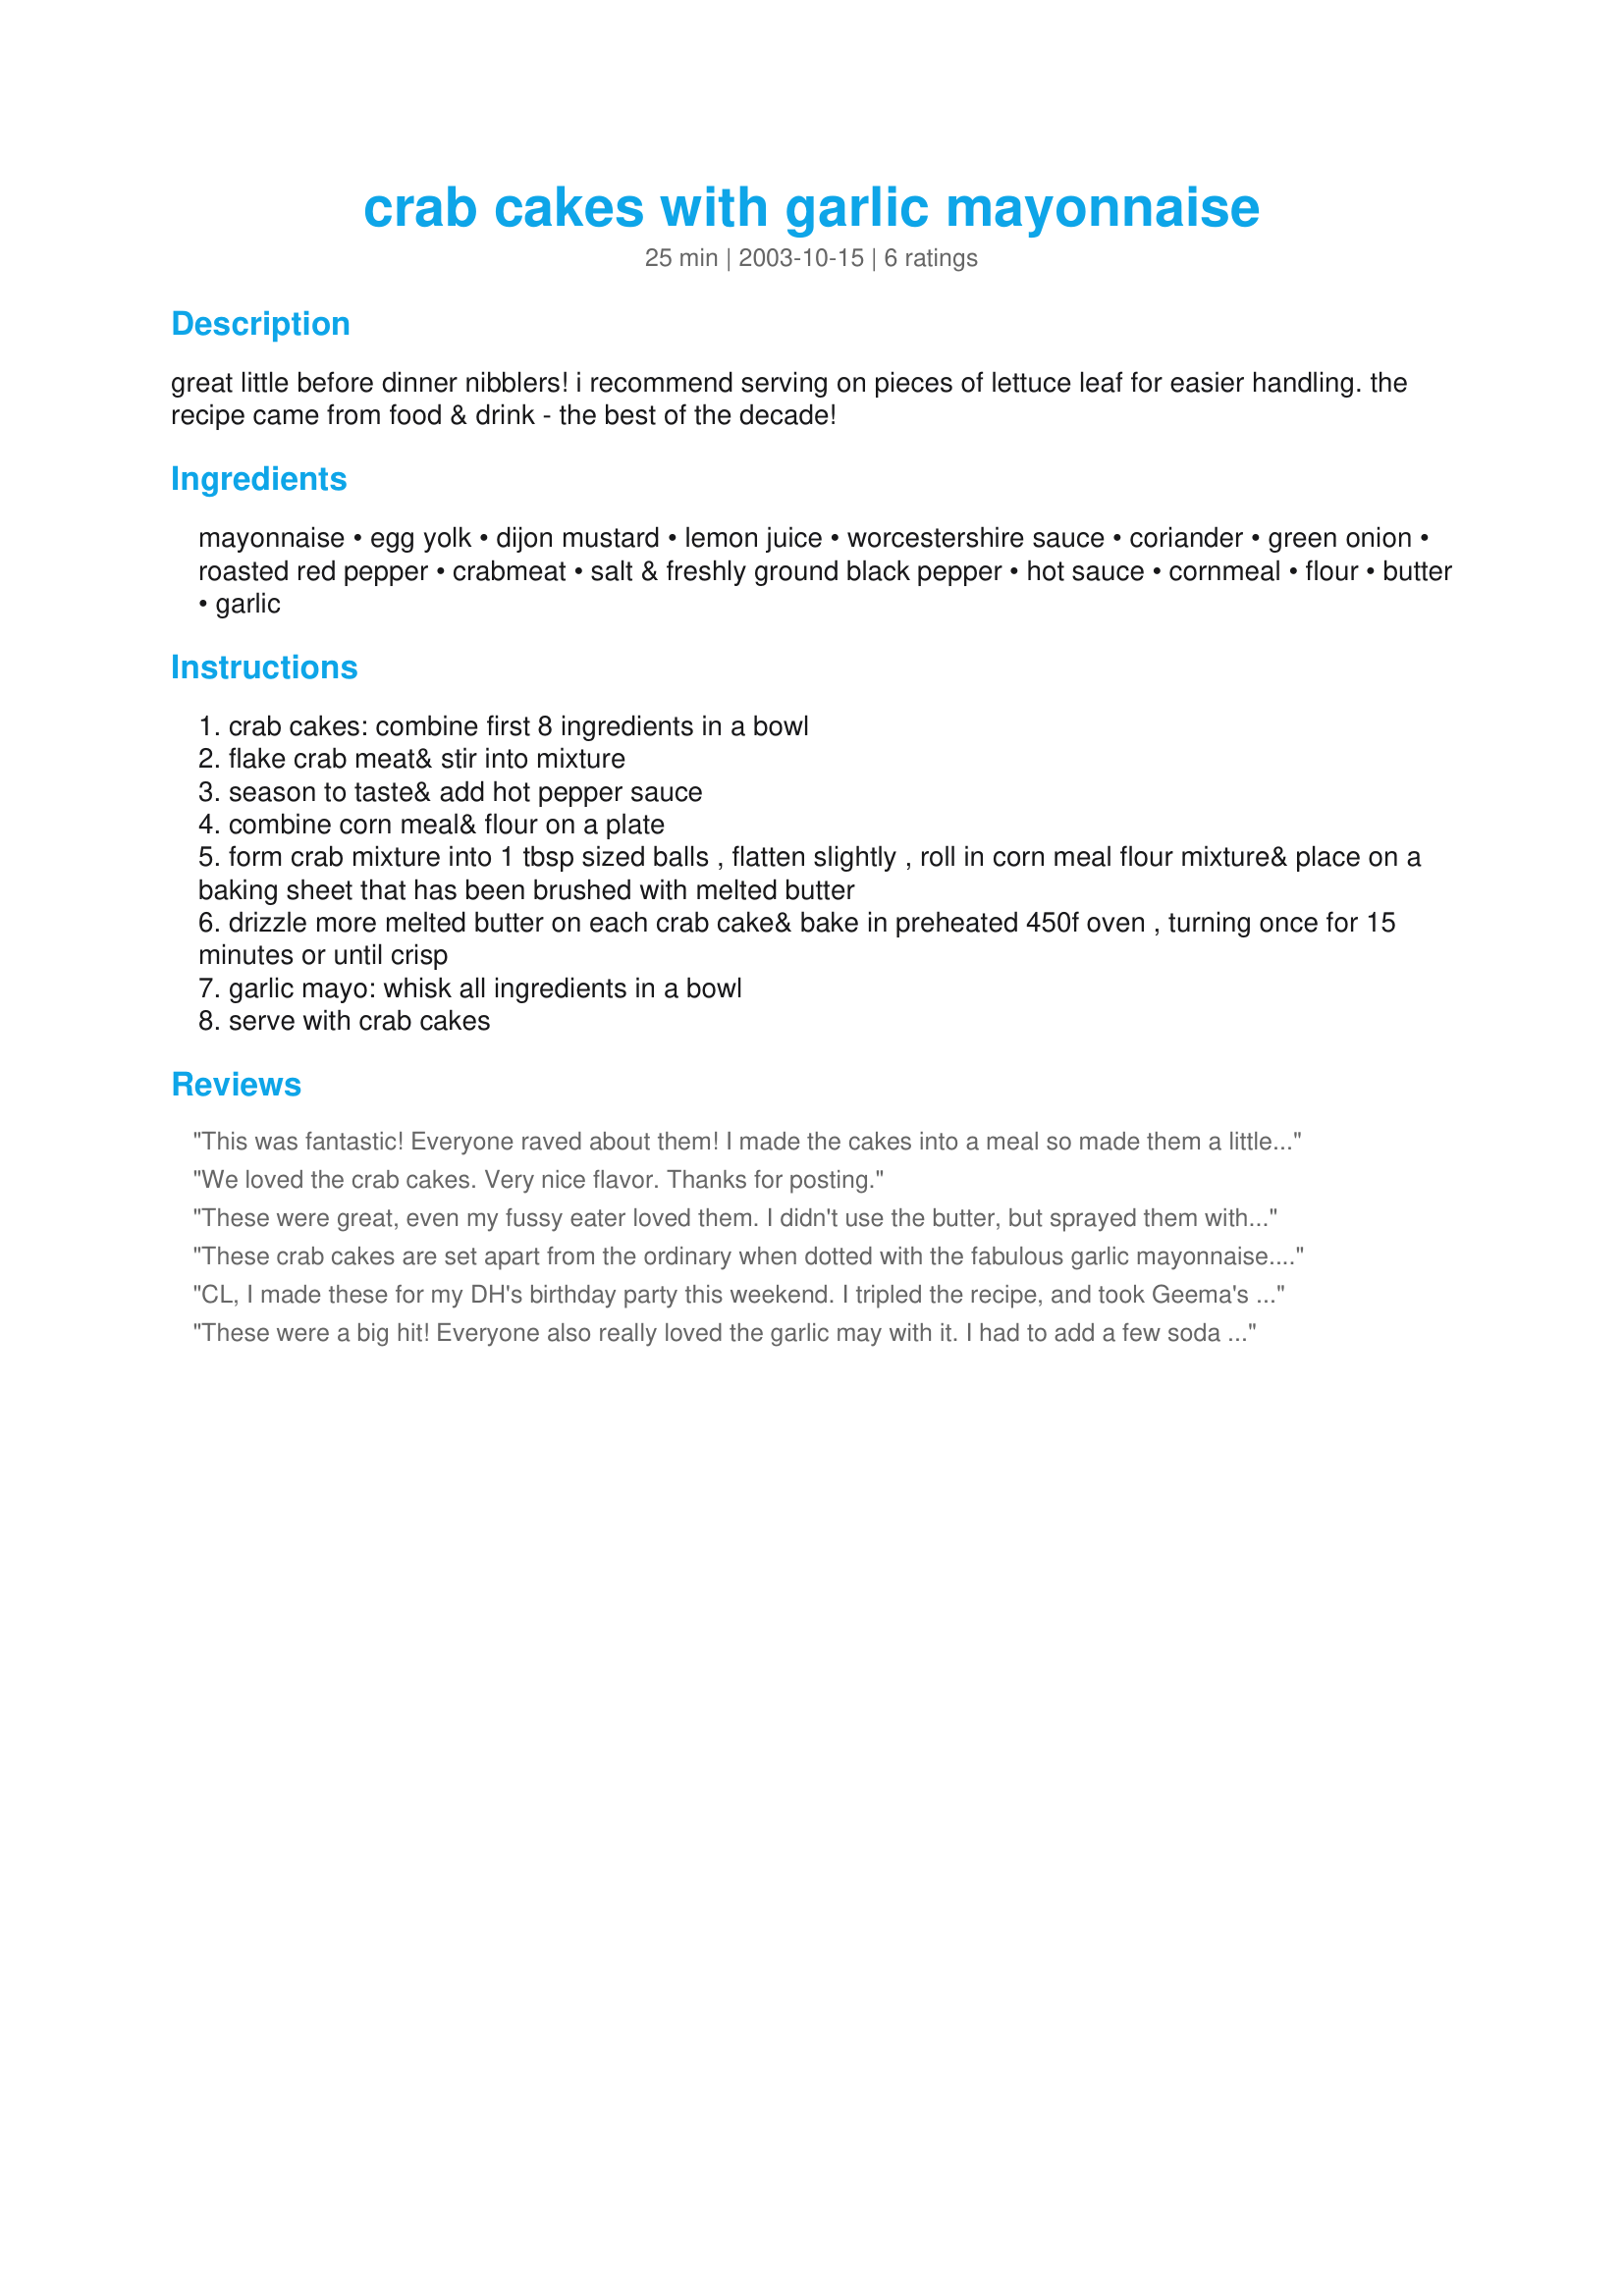
crab cakes with garlic mayonnaise
Preparation time: 25 minutes

great little before dinner nibblers! i recommend serving on pieces of lettuce leaf for easier handling. the recipe came from food & drink - the best of the decade!

Ingredients:
mayonnaise, egg yolk, dijon mustard, lemon juice, worcestershire sauce, coriander, green onion, roasted red pepper, crabmeat, salt & freshly ground black pepper, hot sauce, cornmeal, flour, butter, garlic

Steps:
crab cakes: combine first 8 ingredients in a bowl
flake crab meat& stir into mixture
season to taste& add hot pepper sauce
combine corn meal& flour on a plate
form crab mixture into 1 tbsp sized balls , flatten slightly , roll in corn meal flour mixture& place on a baking sheet that has been brushed with melted butter
drizzle more melted butter on each crab cake& bake in preheated 450f oven , turning once for 15 minutes or until crisp
garlic mayo: whisk all ingredients in a bowl
serve with crab cakes

Reviews:
This was fantastic! Everyone raved about them!
I made the cakes into a meal so made them a little bigger and still ended up with 6 large hamburger patty sized cakes. I wanted to take pictures but my fiance was grabbing them as I put them on the plate with the excuse that they MUST be eaten straight from the stove.
This is a keeper for me!
We loved the crab cakes. Very nice flavor. Thanks for posting.
These were great, even my fussy eater loved them. I didn't use the butter, but sprayed them with PAM instead and they were fabulous. Next time I'll make the garlic mayo sauce as well.
These crab cakes are set apart from the ordinary when dotted with the fabulous garlic mayonnaise. 
I made these according to the instruction and the little cakes wouldn't hold together for me, so I had to add some cracker crumbs to bind them enough to roll in the flour and cornmeal. That seemed to do the trick.
Next time I make these I will use the garlic mayonnaise in the crab cakes as well as on the top.
We enjoyed these a lot C.L.
CL, I made these for my DH's birthday party this weekend. I tripled the recipe, and took Geema's advice and also used some finely crushed cracker crumbs, they held together great...I used half fresh and half imitation crabmeat. I wasn't too sure how the coriander would go over, so I used only 1 tsp (dried) for the tripled recipe. I served them with the wonderful garlic mayo on the side. My guests just when through these like crazy! there was nothing left at all, after, they were asking me if I had any more made up (DH the birthday boy) was upset as he only got to have a couple LOL!, so I will make these again soon. What a fabulous recipe, thank you for sharing!...Kitten:)
These were a big hit! Everyone also really loved the garlic may with it. I had to add a few soda cracker crumbs for consistency and that seemed to work very well. They tasted fabulous! Thanks!
